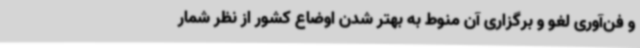
و فن‌آوری لغو و برگزاری آن منوط به بهتر شدن اوضاع کشور از نظر شمار